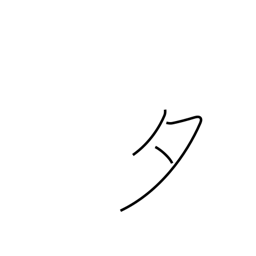
Meaning: evening